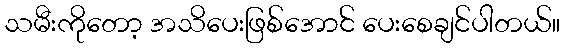
သမီးကိုတော့ အသိပေးဖြစ်အောင် ပေးစေချင်ပါတယ်။